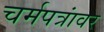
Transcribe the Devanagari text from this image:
चर्मपत्रांवर